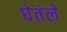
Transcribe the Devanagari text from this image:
घेतंले